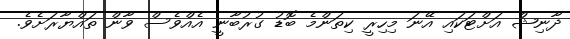
ދާނިޝް އަށްޓަކައި އޭނަ މިހިރީ ކިތަންމެ ބޮޑު ގުރުބާނީ އެއްވެސް ވާން ތައްޔާރަށެވެ.